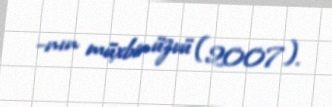
-nın müxbir üzvü (2007).